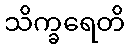
သိက္ခရေတိ